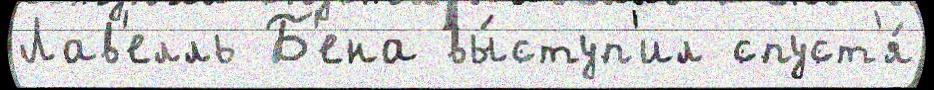
Лав'елль Б'ена вы́ступ'ил спуст'я́